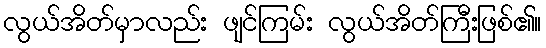
လွယ်အိတ်မှာလည်း ဖျင်ကြမ်း လွယ်အိတ်ကြီးဖြစ်၏။